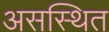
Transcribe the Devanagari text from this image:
असस्थित